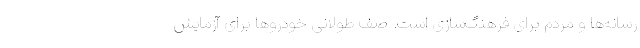
رسانه‌ها و مردم برای فرهنگ‌سازی است. صف طولانی خودروها برای آزمایش